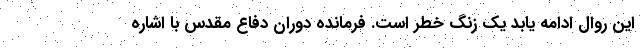
این روال ادامه یابد یک زنگ خطر است. فرمانده دوران دفاع مقدس با اشاره